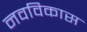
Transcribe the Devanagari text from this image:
नवविकास